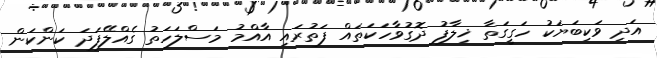
އަދި ވަކިބަޔަކު ހަގީގަތާ ޚިލާފު ދޮގުވާހަކަތައް ފަތުރައި އާއްމު މަސްލަހަތު ގެއްލޭފަދަ ކަންކަން